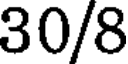
30/8